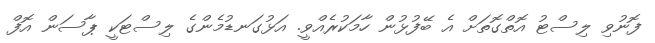
ފޮނުވި ލިސްޓު އޮތްގޮތަށް އެ ބޭފުޅުން ހާމަކުރެއްވީ. އަޅުގަނޑުމެންގެ ލިސްޓަކީ ޕާސަން އޮފް